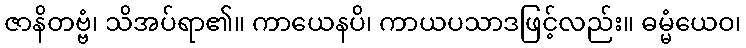
ဇာနိတဗ္ဗံ၊ သိအပ်ရာ၏။ ကာယေနပိ၊ ကာယပသာဒဖြင့်လည်း။ ဓမ္မံယေဝ၊